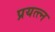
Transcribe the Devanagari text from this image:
प्रयत्त्‍न